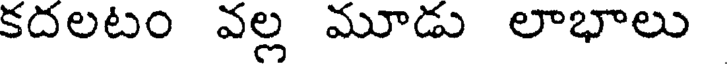
కదలటం వల్ల మూడు లాభాలు